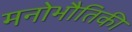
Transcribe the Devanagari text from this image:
मनोभौतिकी